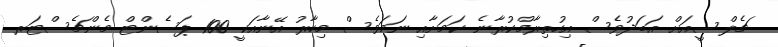
ޗެލްސީއަށް އަބަދުވެސް އިހުތިރާމްކުރާނެ ކަމަށާއި ނަމަވެސް މިހާރު އޭނާއަކީ 100 ޕަސެންޓް މެންޗެސްޓަރ